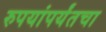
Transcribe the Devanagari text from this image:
रुपयांपर्यंतचा